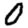
Digit: 0